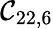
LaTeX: \mathcal{C}_{22,6}